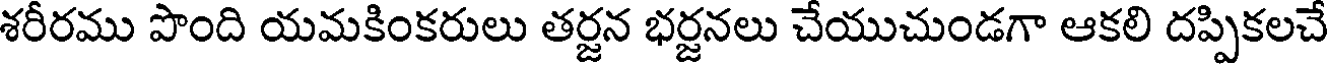
శరీరము పొంది యమకింకరులు తర్జన భర్జనలు చేయుచుండగా ఆకలి దప్పికలచే